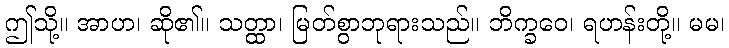
ဤသို့။ အာဟ၊ ဆို၏။ သတ္ထာ၊ မြတ်စွာဘုရားသည်။ ဘိက္ခဝေ၊ ရဟန်းတို့။ မမ၊